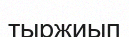
тыржиып